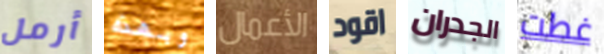
أرمل وبهذه الأعمال اقود الجدران غطت